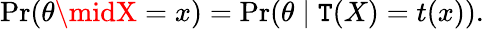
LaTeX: \operatorname*{Pr}(\theta\midX=x)=\operatorname*{Pr}(\theta\mid\mathtt{T}(X)=t(x)).